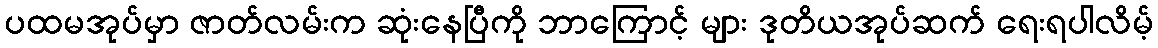
ပထမအုပ်မှာ ဇာတ်လမ်းက ဆုံးနေပြီကို ဘာကြောင့် များ ဒုတိယအုပ်ဆက် ရေးရပါလိမ့်